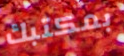
بمكتبك